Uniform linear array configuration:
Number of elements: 24
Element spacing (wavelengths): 1
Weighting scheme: kaiser
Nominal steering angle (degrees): -45
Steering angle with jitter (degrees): -45.922
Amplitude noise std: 0.05
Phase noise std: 0.05

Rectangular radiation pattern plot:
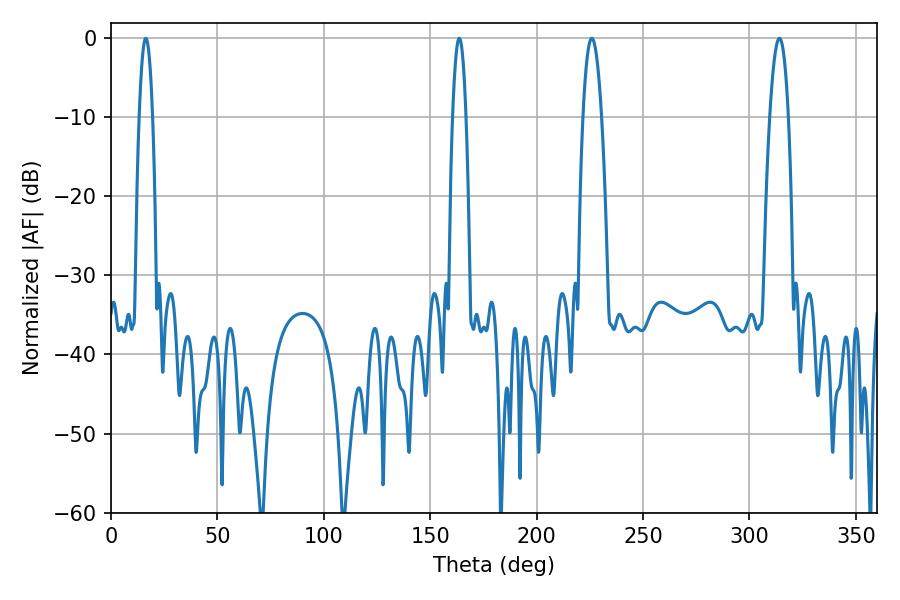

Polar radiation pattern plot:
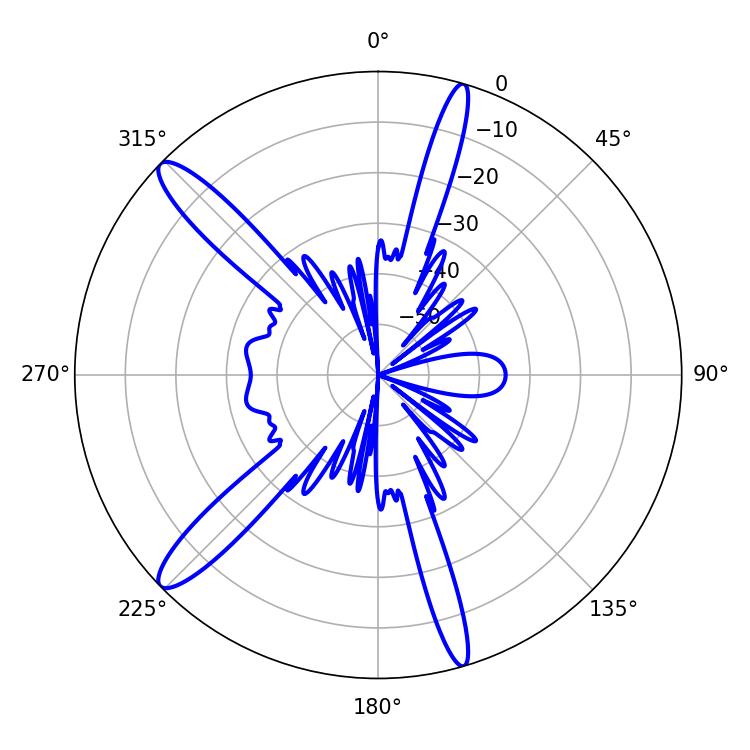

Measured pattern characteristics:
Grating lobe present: TRUE
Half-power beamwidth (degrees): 4.86
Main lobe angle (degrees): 225.9